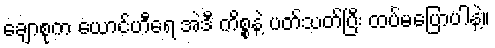
ချောစုက ယောင်ဟီရေ အဲဒီ ကိစ္စနဲ့ ပတ်သတ်ပြီး ထပ်မပြောပါနဲ့။